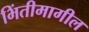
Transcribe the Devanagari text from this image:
भिंतीमागील